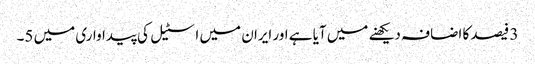
3 فیصد کا اضافہ دیکھنے میں آیا ہے اور ایران میں اسٹیل کی پیداواری میں 5۔